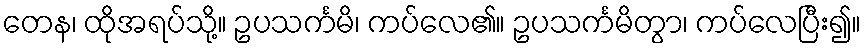
တေန၊ ထိုအရပ်သို့။ ဥပသင်္ကမိ၊ ကပ်လေ၏။ ဥပသင်္ကမိတွာ၊ ကပ်လေပြီး၍။